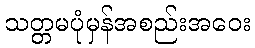
သတ္တမပုံမှန်အစည်းအဝေး